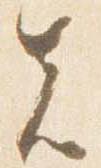
先